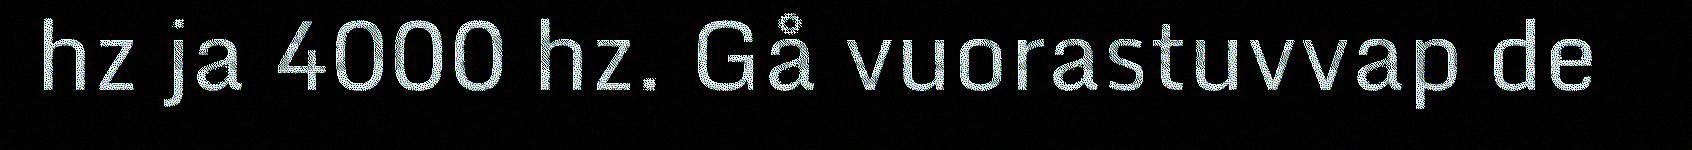
hz ja 4000 hz. Gå vuorastuvvap de